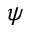
\psi